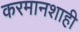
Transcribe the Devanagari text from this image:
करमानशाही